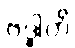
ဗဒ္ဓါတိ